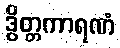
ဒွိတ္တကာရဏံ